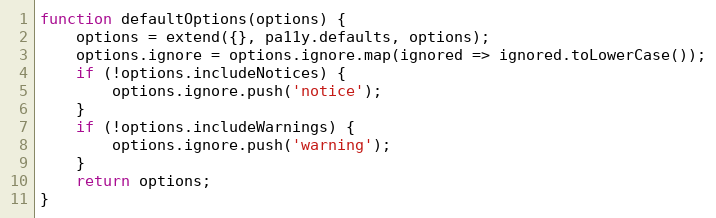
Language: JavaScript
function defaultOptions(options) {
	options = extend({}, pa11y.defaults, options);
	options.ignore = options.ignore.map(ignored => ignored.toLowerCase());
	if (!options.includeNotices) {
		options.ignore.push('notice');
	}
	if (!options.includeWarnings) {
		options.ignore.push('warning');
	}
	return options;
}